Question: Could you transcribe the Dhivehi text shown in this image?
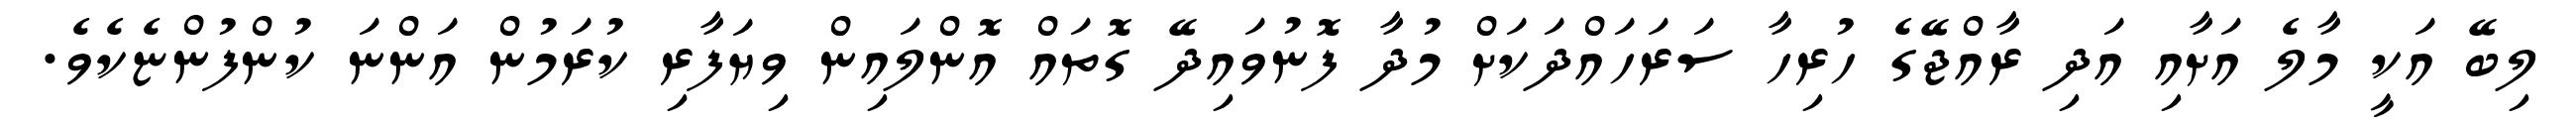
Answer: ލިބޭ އަކީ މާލެ އަށާއި އަދި ރާއްޖޭގެ ހުރިހާ ސަރަހައްދަކަށް މުދާ ފޮނުވައިދޭ ގޮތައް އޮންލައިން ވިޔަފާރި ކުރަމުން އަންނަ ކުންފުންޏެކެވެ.